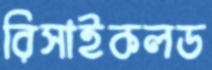
রিসাইকলড